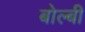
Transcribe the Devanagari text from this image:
बोल्बी